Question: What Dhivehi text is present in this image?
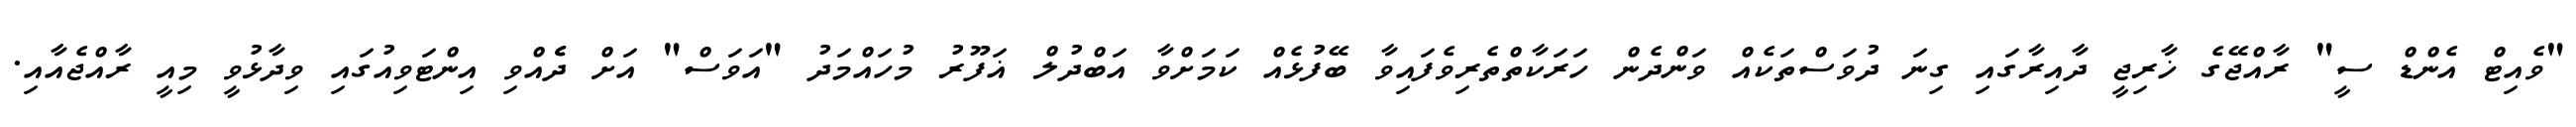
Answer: "ވެއިޓް އެންޑް ސީ" ރާއްޖޭގެ ޚާރިޖީ ދާއިރާގައި ގިނަ ދުވަސްތަކެއް ވަންދެން ހަރަކާތްތެރިވެފައިވާ ބޭފުޅެއް ކަމަށްވާ އަބްދުލް ޣަފޫރު މުހައްމަދު "އަވަސް" އަށް ދެެއްވި އިންޓަވިއުގައި ވިދާޅުވީ މިއީ ރާއްޖެއާއި.